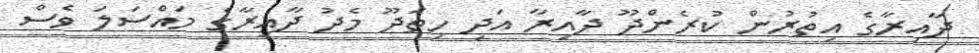
ދާއިރާގެ އިތުރުން ކުރެންދޫ ދާއިރާ އަދި ހިތަދޫ މެދު ދާއިރާގެ މައްސަލަ ވެސް